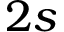
2 s